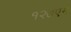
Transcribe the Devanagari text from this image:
१२७एम